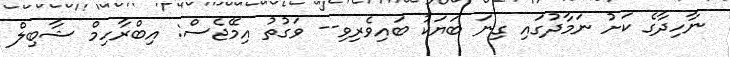
ނާހިދާގެ ކަށު ނަމާދުގައި ގިނަ ބަޔަކު ބައިވެރިވި-- ވަގުތު އިމޭޖެސް: އިބްރާހިމް ޝާބިލް